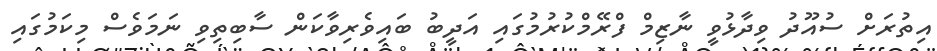
އިތުރަށް ސުއޫދު ވިދާޅުވީ ނާޒިމް ފްރޭމްކުރުމުގައި އަދީބު ބައިވެރިވާކަން ސާބިތިވި ނަމަވެސް މިކަމުގައި